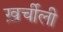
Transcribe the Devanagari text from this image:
ख़र्चीली